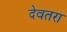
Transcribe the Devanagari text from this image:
देवतरा